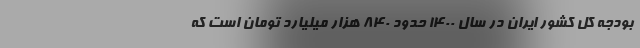
بودجه کل کشور ایران در سال ۱۴۰۰ حدود ۸۴۰ هزار میلیارد تومان است که